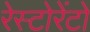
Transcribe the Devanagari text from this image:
रेस्टोरेंटो